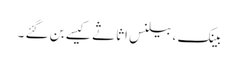
بینک ،بیلنس اثاثے کیسے بن گئے ۔